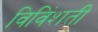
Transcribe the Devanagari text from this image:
विविंशती